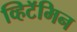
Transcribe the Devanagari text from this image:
व्हिटॅमिन